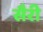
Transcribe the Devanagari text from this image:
सैरी